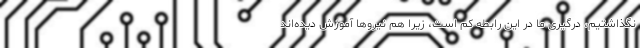
نگذاشتیم، درگیری ما در این رابطه کم است، زیرا هم نیروها آموزش دیده‌اند